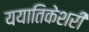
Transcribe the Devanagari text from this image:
ययातिकेशरी